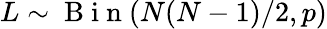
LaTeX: L\sim\mathrm{~B~i~n~}(N(N-1)/2,p)